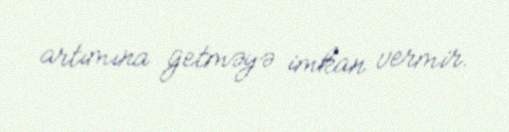
artımına getməyə imkan vermir.